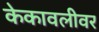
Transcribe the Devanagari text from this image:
केकावलीवर